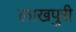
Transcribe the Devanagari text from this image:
लाखपुरी